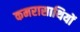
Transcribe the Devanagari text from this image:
कमरासाथियों